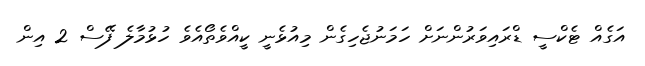
އަގެއް ޓެކްސީ ޑްރައިވަރުންނަށް ހަމަނުޖެހިގެން މިއުޅެނީ ކީއްވެތޯއެވެ ހުޅުމާލެ ފޭސް 2 އިން